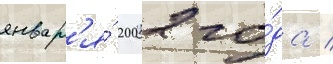
январ'я́ 2002 го́да /